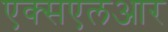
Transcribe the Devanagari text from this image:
एक्सएलआर